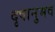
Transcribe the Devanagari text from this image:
दृषानुभव